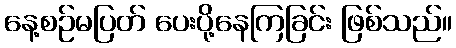
နေ့စဉ်မပြတ် ပေးပို့နေကြခြင်း ဖြစ်သည်။